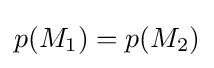
p(M_{1})=p(M_{2})